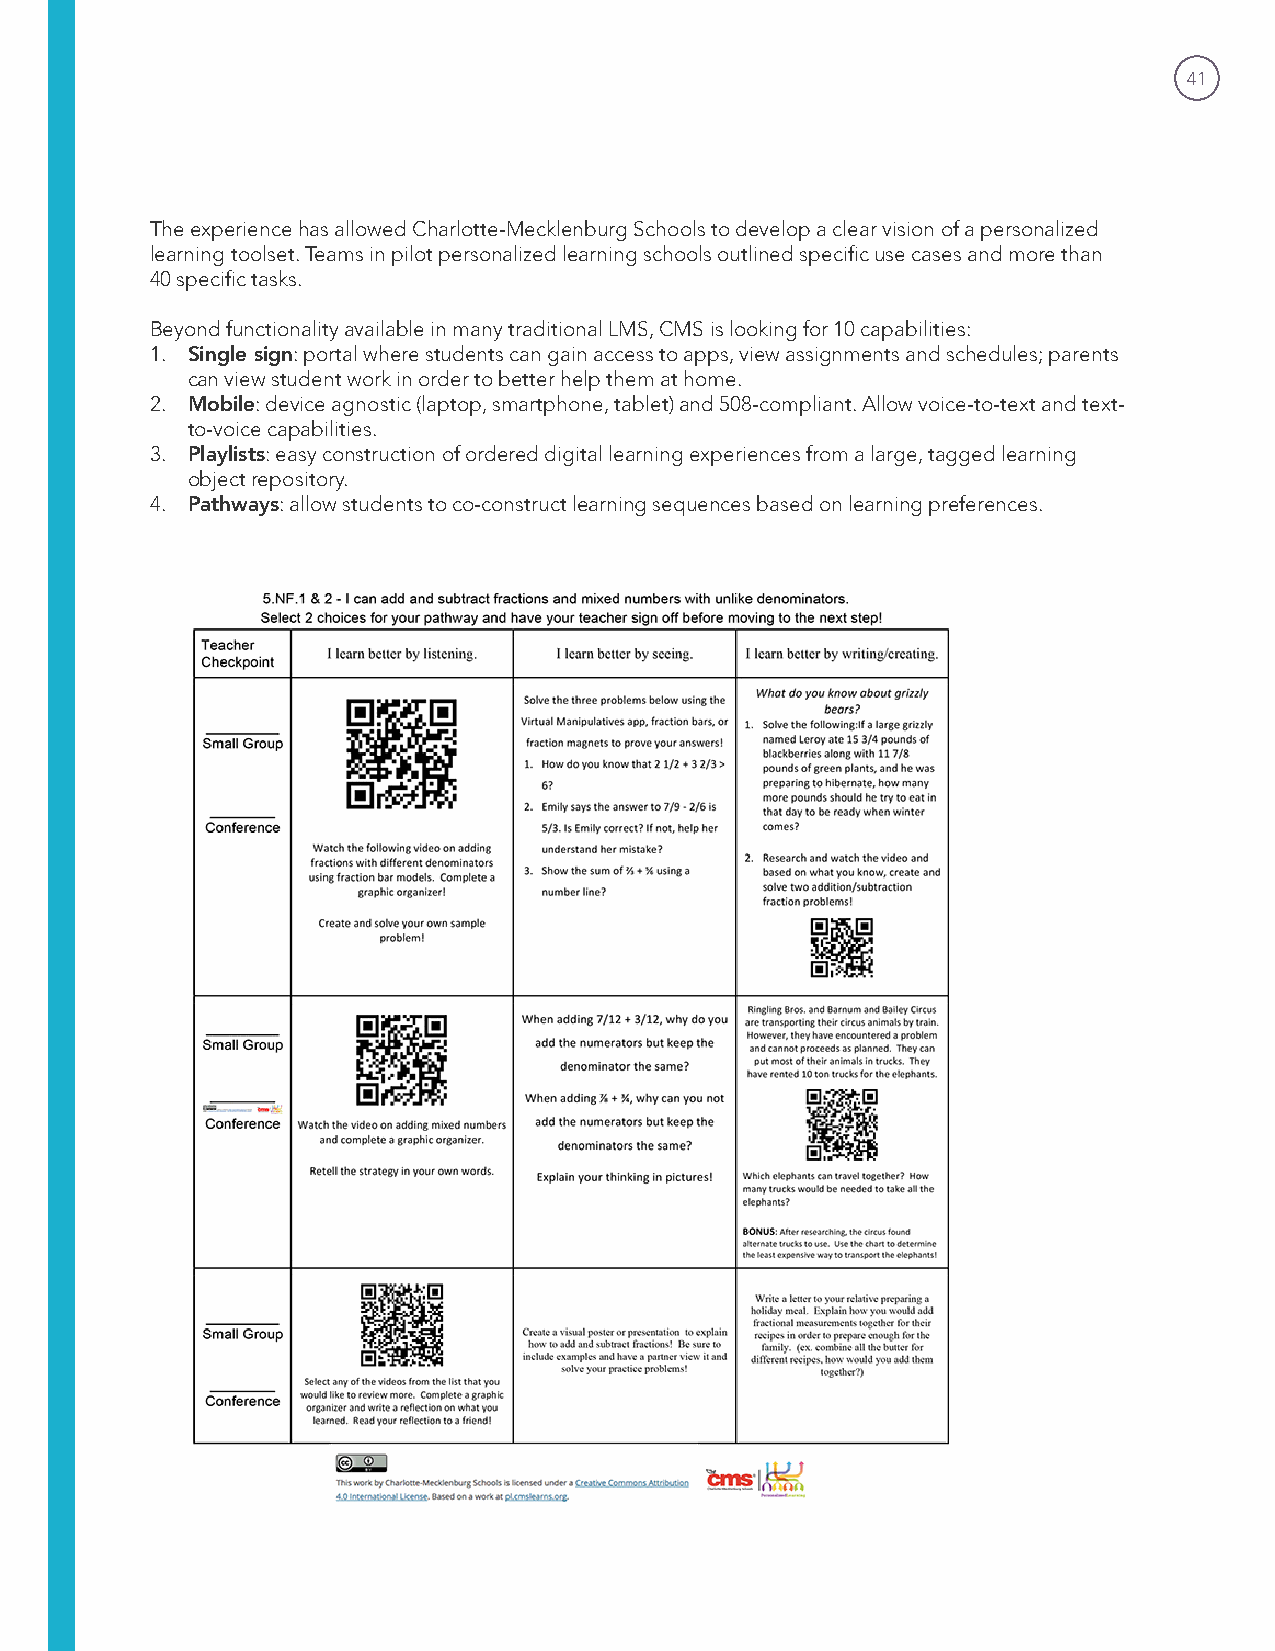
41
 The experience has allowed Charlotte-Mecklenburg Schools to develop a clear vision of a personalized
 learning toolset. Teams in pilot personalized learning schools outlined specific use cases and more than
 40 specific tasks.
 Beyond functionality available in many traditional LMS, CMS is looking for 10 capabilities:
 1. Single sign: portal where students can gain access to apps, view assignments and schedules; parents
 can view student work in order to better help them at home.
 2. Mobile: device agnostic (laptop, smartphone, tablet) and 508-compliant. Allow voice-to-text and text-
 to-voice capabilities.
 3. Playlists: easy construction of ordered digital learning experiences from a large, tagged learning
 object repository.
 4. Pathways: allow students to co-construct learning sequences based on learning preferences.